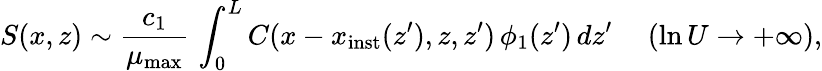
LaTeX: S(x,z)\sim\frac{c_{1}}{\mu_{\mathrm{max}}}\, \int_{0}^{L}C(x-x_{\mathrm{inst}}(z^{\prime}),z,z^{\prime})\, \phi_{1}(z^{\prime})\, dz^{\prime}\ \ \ \ \ (\ln U\to+\infty),